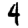
Digit: 4